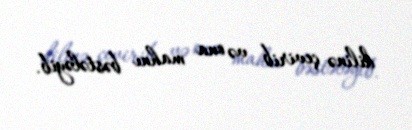
dilinə çevirib və ona mahnı bəstələyib.